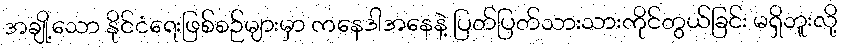
အချို့သော နိုင်ငံရေးဖြစ်စဉ်များမှာ ကနေဒါအနေနဲ့ ပြတ်ပြတ်သားသားကိုင်တွယ်ခြင်း မရှိဘူးလို့